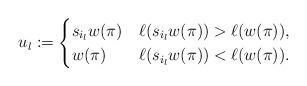
LaTeX: \begin{align*}u_l := \begin{cases} s_{i_l} w(\pi) & \ell(s_{i_l} w(\pi)) > \ell(w(\pi)), \\ w(\pi) & \ell(s_{i_l} w(\pi)) < \ell(w(\pi)). \end{cases}\end{align*}